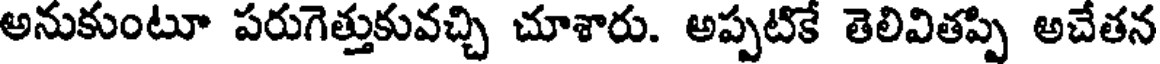
అనుకుంటూ పరుగెత్తుకువచ్చి చూశారు. అప్పటికే తెలివితప్పి అచేతన